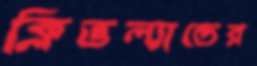
ক্লিভল্যান্ডের